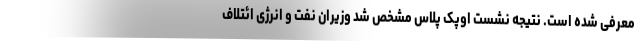
معرفی شده است. نتیجه نشست اوپک پلاس مشخص شد وزیران نفت و انرژی ائتلاف